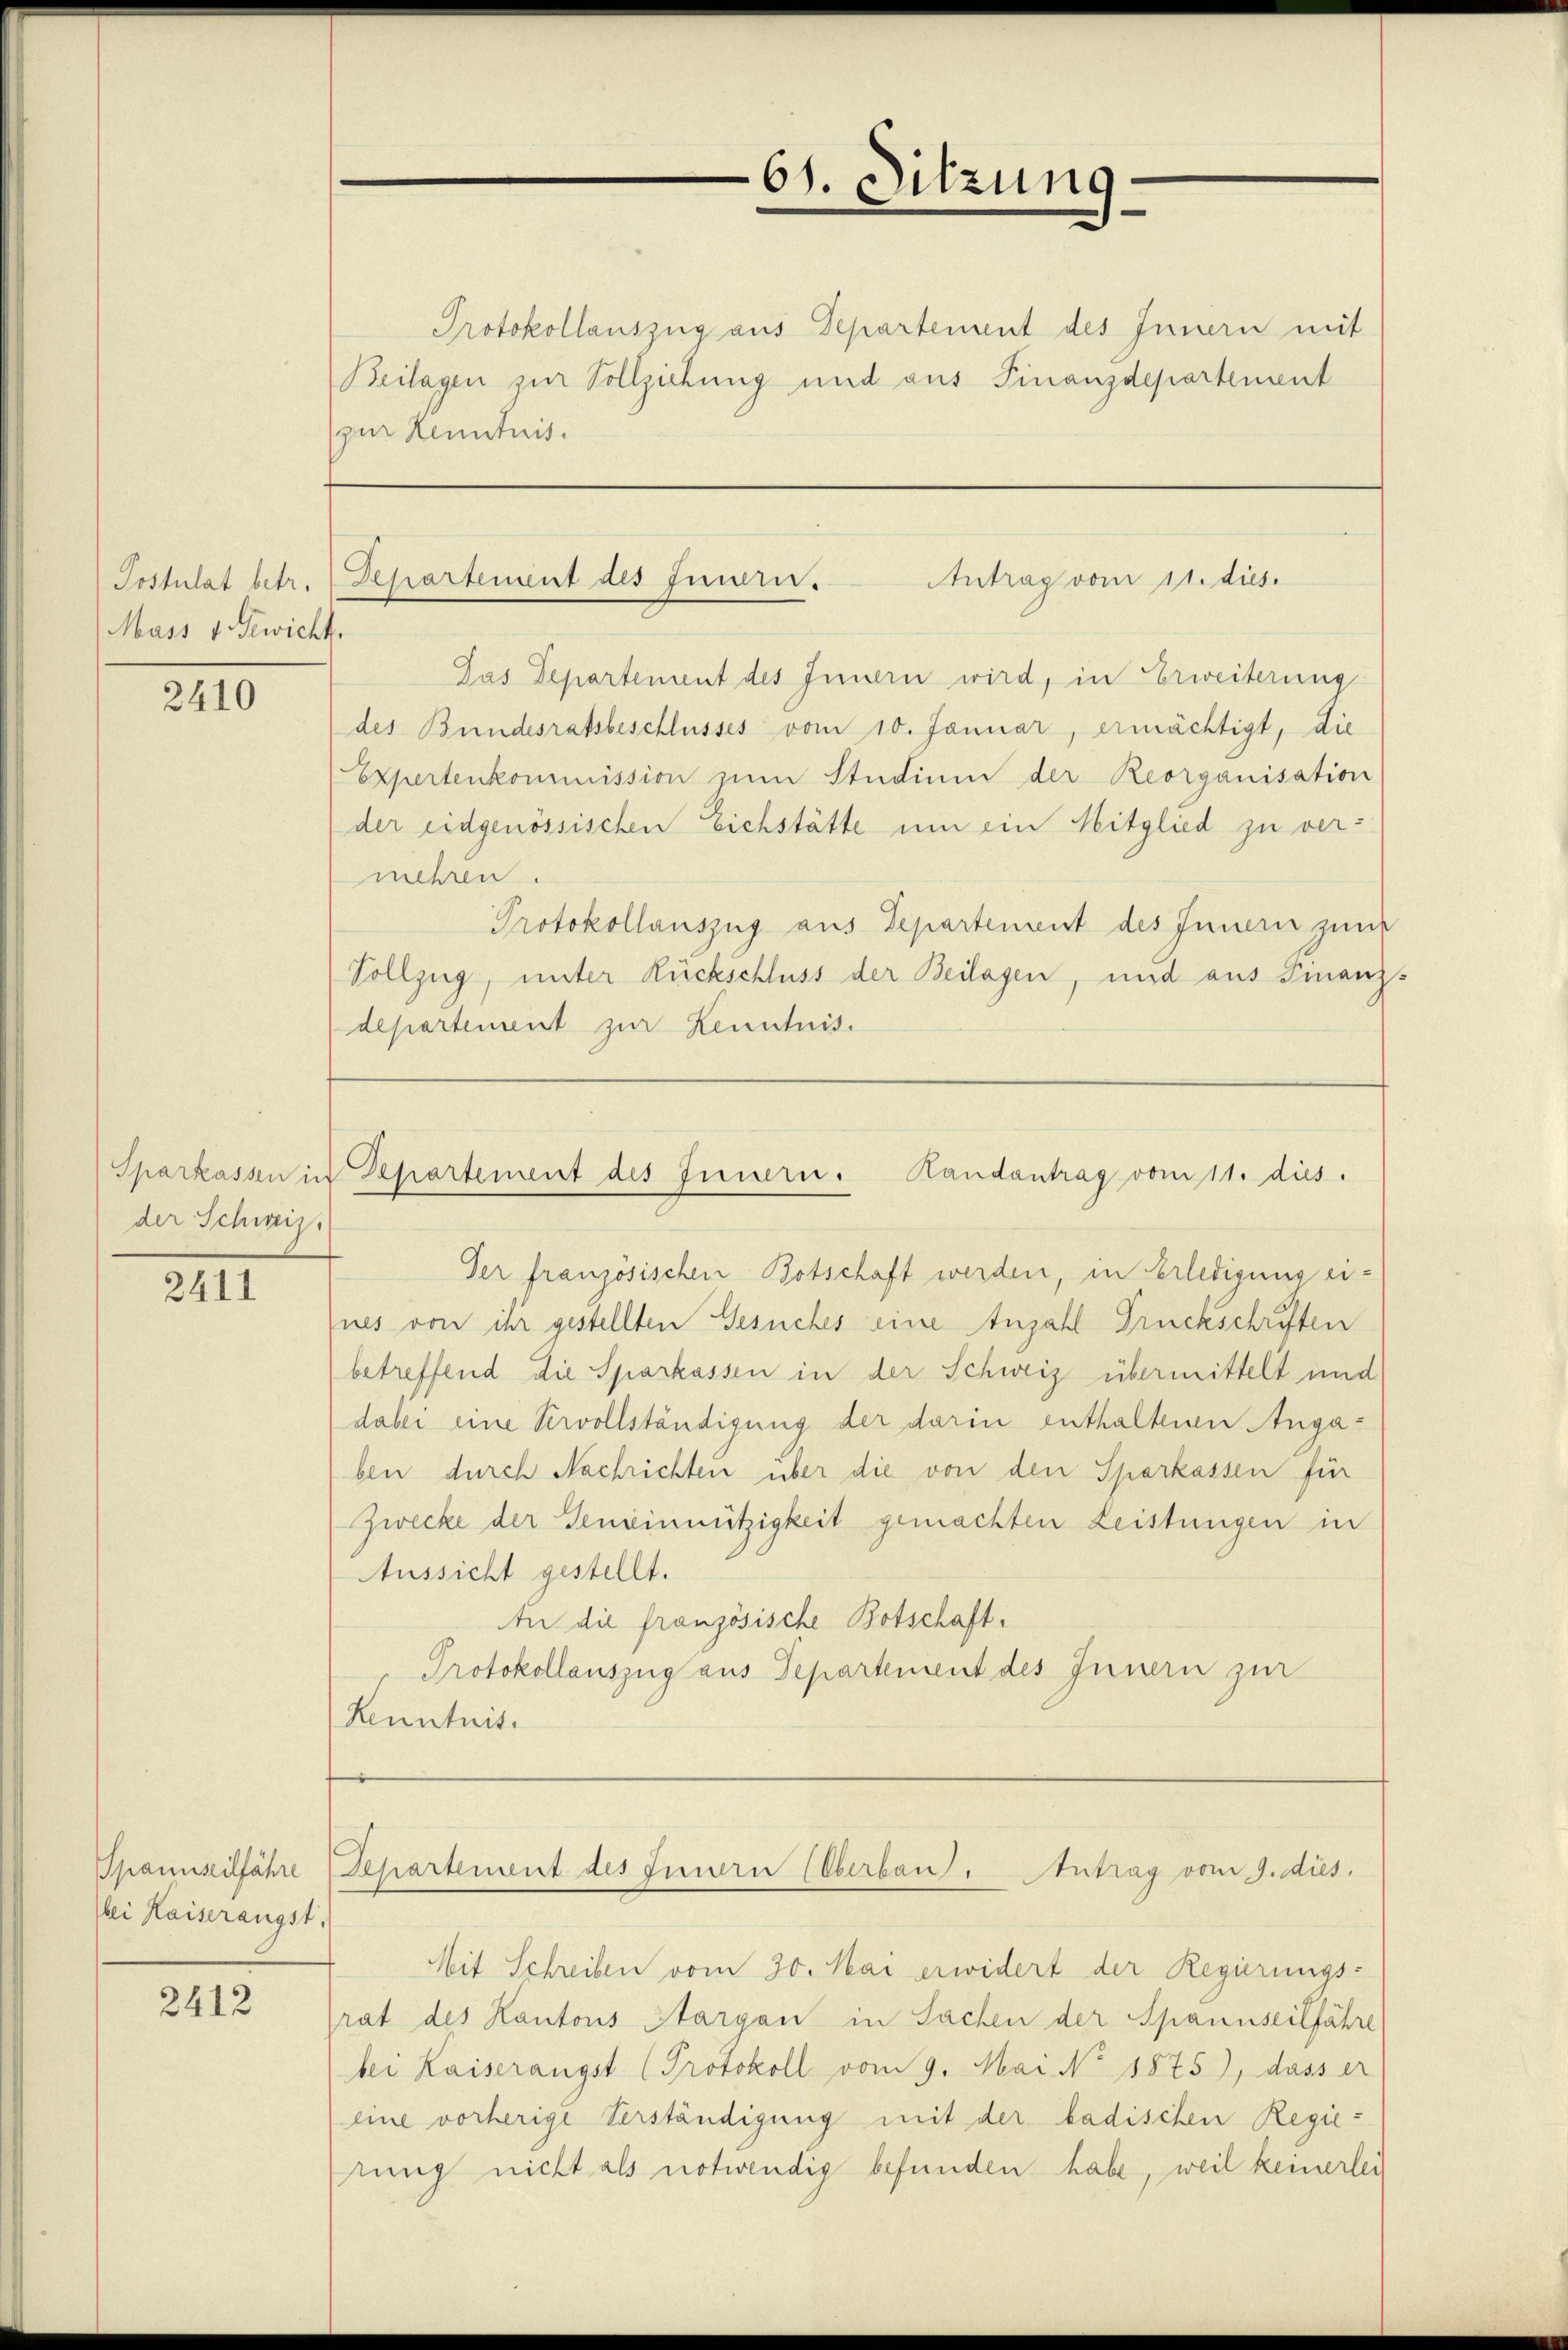
Postulat betr.
Mass v. Gewicht.

2410

Sparkassen in
der Schweiz.

2411

Spannseilfahre
bei Kaiserangst.

2412

Protokollauszug aus Departement des Innern mit
Beilagen zur Vollziehung und aus Finanzdepartement
(zur Kenntnis.

61. Sitzung

Antrag vom 11. dies
Departement des Innern.

Departement des Innern. Randantrag vom 11. dies.

Separtement des Innern (Oberbau. Antrag vom 9. dies.

Jas Departement des Innern wird, in Erweiterung
des Bundesratsbeschlusses vom 10. Januar, ermächtigt, die
Expertenkommission zum Studium der Reorganisation
der eidgenössischen Eichstätte um ein Mitglied zu vermehren.
Protokollauszug aus Departement des Innern zum
Vollzug, unter Rückschluss der Beilagen, und aus Finanz-
departement zur Kenntnis.

Der französischen Botschaft werden, in Erledigung eifnes von ihr gestellten Gesuches eine Anzahl Druckschriften
betreffend die Sparkassen in der Schweiz übermittelt und
dabei eine Servollständigung der darin enthaltenen Angaben durch Nachrichten über die von den Sparkassen für
Zwecke der Gemeinnützigkeit gemachten Leistungen in
Aussicht gestellt.
In die französische Botschaft.
Protokollauszug aus Departement des Innern zur
Kenntnis.

Mit Schreiben vom 30. Mai erwidert der Regierungs-
rat des Kantons Aargau in Sachen der Spannseilfahre
bei Kaiserangst Protokoll vom 9. Mai No 1875), dass er
eine vorherige Verständigung mit der badischen Regierung nicht als notwendig befunden habe, weil keinerlei